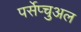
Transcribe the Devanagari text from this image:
पर्सेप्चुअल